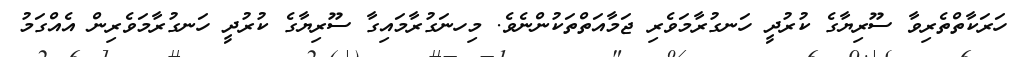
ހަރަކާތްތެރިވާ ސޫރިޔާގެ ކުރުދީ ހަނގުރާމަވެރި ޖަމާއަތްތަކުންނެވެ. މިހނަގުރާމައިގާ ސޫރިޔާގެ ކުރުދީ ހަނގުރާމަވެރިން އެއްގަމު